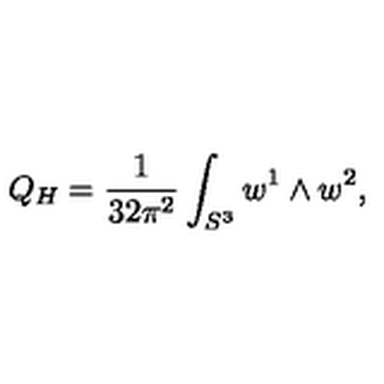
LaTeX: Q _ { H } = \frac { 1 } { 3 2 \pi ^ { 2 } } \int _ { S ^ { 3 } } w ^ { 1 } \wedge w ^ { 2 } ,